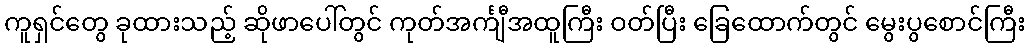
ကူရှင်တွေ ခုထားသည့် ဆိုဖာပေါ်တွင် ကုတ်အင်္ကျီအထူကြီး ဝတ်ပြီး ခြေထောက်တွင် မွေးပွစောင်ကြီး